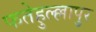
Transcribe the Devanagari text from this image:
फतेहुल्ल्लापुर